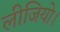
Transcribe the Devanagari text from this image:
लीजियो।